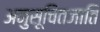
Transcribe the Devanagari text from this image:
अनुसूचितजाति